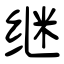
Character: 继